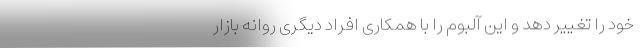
خود را تغییر دهد و این آلبوم را با همکاری افراد دیگری روانه بازار